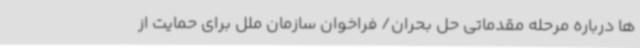
ها درباره مرحله مقدماتی حل بحران/ فراخوان سازمان ملل برای حمایت از